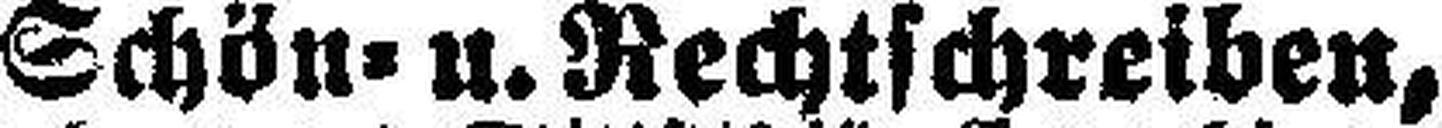
Schön= u. Rechtschreiben,